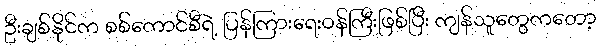
ဦးချစ်နိုင်က စစ်ကောင်စီရဲ့ ပြန်ကြားရေးဝန်ကြီးဖြစ်ပြီး ကျန်သူတွေကတော့